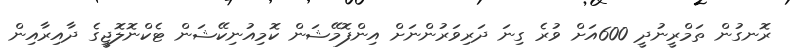
ރޮނގުން ތަމްރީނުދީ 600އަށް ވުރެ ގިނަ ދަރިވަރުންނަށް އިންފޮމޭޝަން ކޮމިއުނިކޭޝަން ޓެކްނޮލޮޖީގެ ދާއިރާއިން